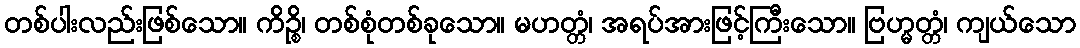
တစ်ပါးလည်းဖြစ်သော။ ကိဉ္စိ၊ တစ်စုံတစ်ခုသော။ မဟတ္တံ၊ အရပ်အားဖြင့်ကြီးသော။ ဗြဟ္မတ္တံ၊ ကျယ်သော